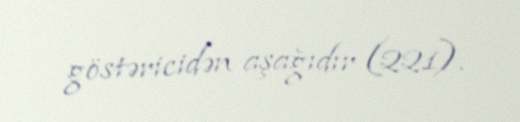
göstəricidən aşağıdır (221).